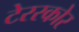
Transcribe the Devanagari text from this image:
टेररकोर